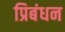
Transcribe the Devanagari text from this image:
प्रिबंधन